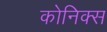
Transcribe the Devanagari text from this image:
कोनिक्स